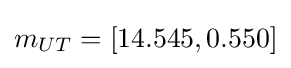
m_{UT}=[14.545,0.550]